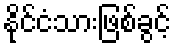
နိုင်ငံသားဖြစ်ခွင့်